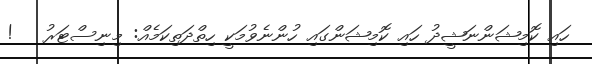
ހައި ކޮމިޝަންނަޝީދު ހައި ކޮމިޝަންގައި ހުންނެވުމަކީ ހިތްދަތިކަމެއް: މިނިސްޓަރު   !